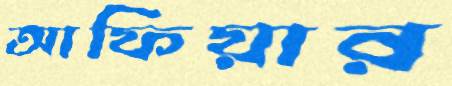
আফিয়ার